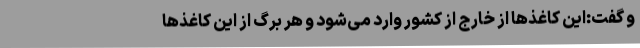
و گفت:این کاغذها از خارج از کشور وارد می‌شود و هر برگ از این کاغذها